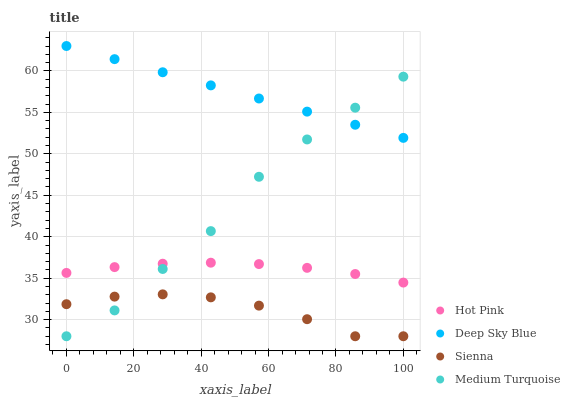
| xaxis_label | Hot Pink | Deep Sky Blue | Sienna | Medium Turquoise |
 | --- | --- | --- | --- | --- |
 | 0 | 35.6 | 63 | 31.9 | 28 |
 | 14.3 | 36.3 | 61.4 | 32.8 | 31.1 |
 | 28.6 | 36.7 | 59.8 | 33.1 | 36.1 |
 | 42.9 | 36.9 | 58.3 | 32.7 | 40.7 |
 | 57.1 | 36.7 | 56.7 | 31.7 | 47.2 |
 | 71.4 | 36.2 | 55.1 | 30.1 | 51.7 |
 | 85.7 | 35.5 | 53.5 | 28 | 55.6 |
 | 100 | 34.5 | 51.9 | 28 | 59.3 |